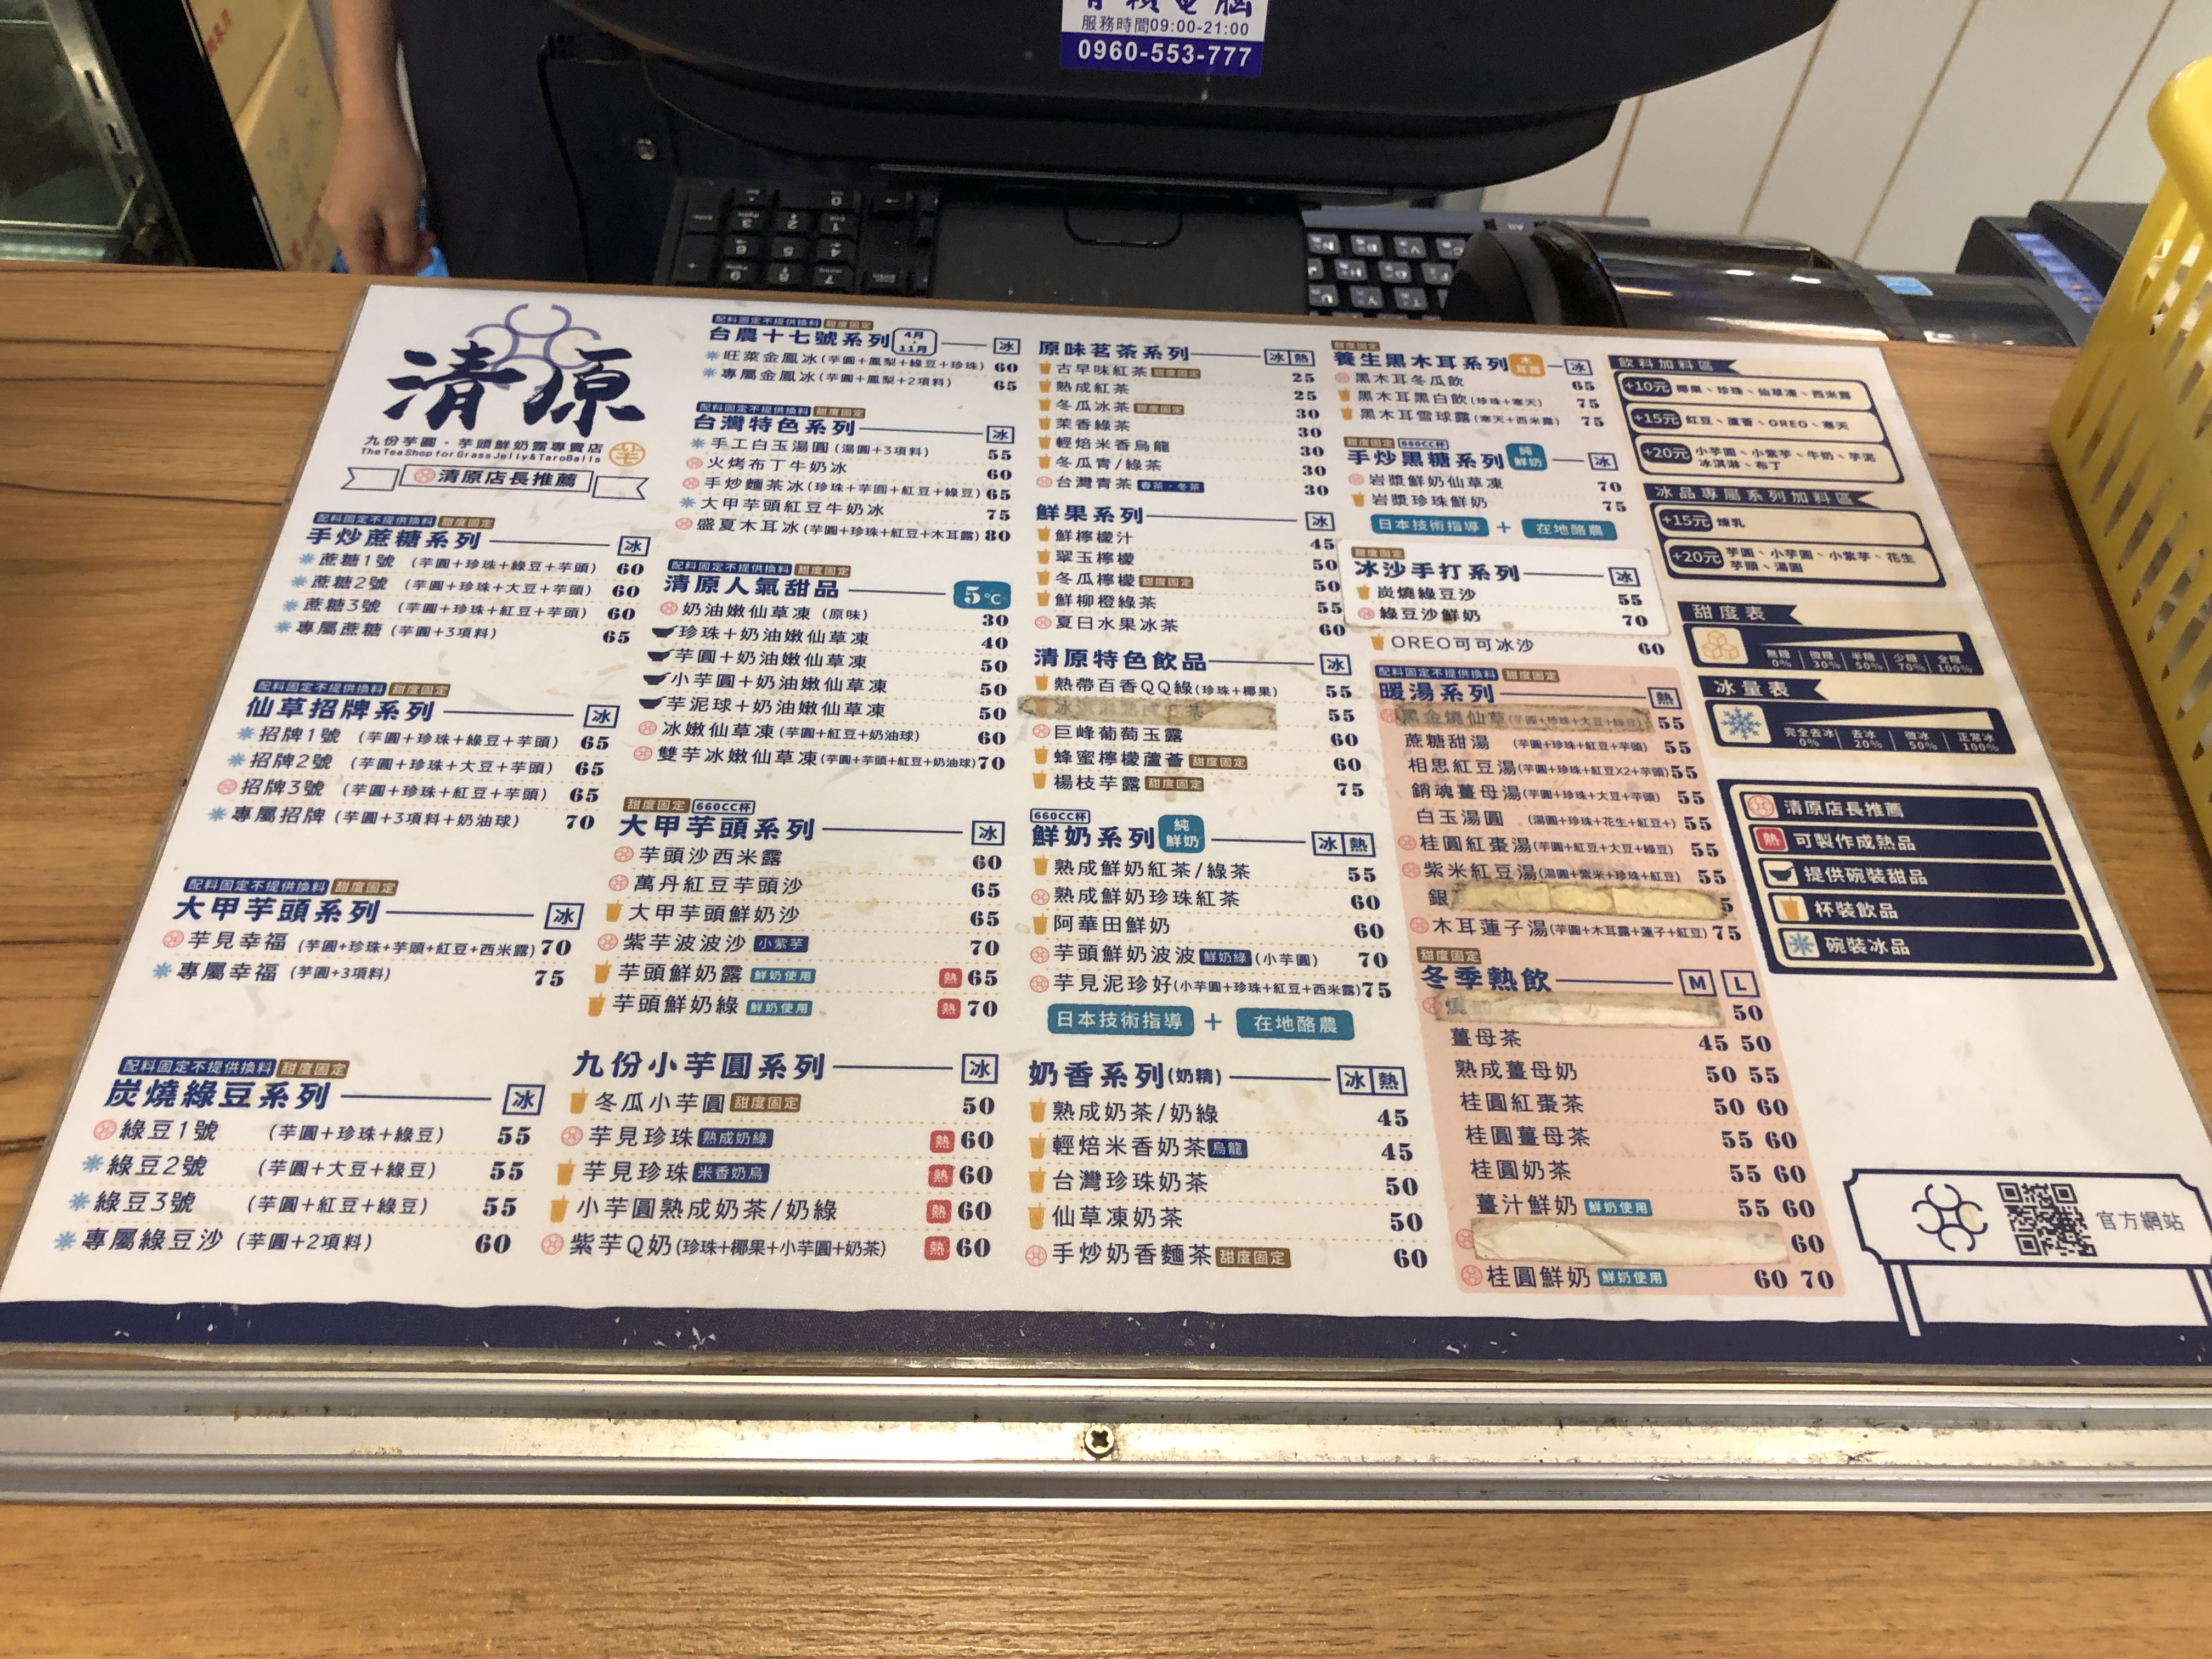
餐廳：清原 (The Tea Shop for Grass Jelly & Taro)
電話：0960-553-777
營業時間：09:00-21:00
菜單：
name: 蔗糖1號 (芋圓+珍珠+綠豆)
price: 55
name: 蔗糖2號 (芋圓+珍珠+大豆+綠豆)
price: 55
name: 蔗糖3號 (芋圓+紅豆+綠豆)
price: 55
name: 專屬蔗糖 (芋圓+3項料)
price: 60
name: 旺菜金鳳冰 (芋圓+鳳梨+綠豆+珍珠)
price: 60
name: 專屬金鳳冰 (芋圓+鳳梨+2項料)
price: 65
name: 手工白玉湯圓 (湯圓+3項料)
price: 55
name: 火烤布丁牛奶冰
price: 60
name: 手炒麵茶冰 (珍珠+芋圓+紅豆+綠豆)
price: 65
name: 小芋圓+奶油嫩仙草
price: 50
name: 芋圓+奶油嫩仙草
price: 50
name: 芋泥球+奶油嫩仙草
price: 50
name: 芋見幸福 (芋圓+珍珠+芋頭+紅豆+西米露)
price: 75
name: 專屬幸福 (芋圓+3項料)
price: 75
name: 奶油嫩仙草凍 (原味)
price: 30
name: 珍珠+奶油嫩仙草凍
price: 40
name: 芋圓+奶油嫩仙草凍
price: 50
name: 小芋圓+奶油嫩仙草凍
price: 50
name: 芋泥球+奶油嫩仙草凍
price: 50
name: 冰嫩仙草凍 (芋圓+紅豆+奶油球)
price: 60
name: 雙芋冰嫩仙草凍 (芋圓+芋頭+紅豆+奶油球)
price: 70
name: 芋頭沙西米露
price: 60
name: 萬丹紅豆芋頭沙
price: 65
name: 大甲芋頭鮮奶沙
price: 65
name: 芋頭鮮奶露
price: 70
name: 芋頭鮮奶綠
price: 70
name: 冬瓜小芋圓
price: 50
name: 芋見珍珠 (熟成奶綠)
price: 55
name: 綠豆2號 (芋圓+大豆+綠豆)
price: 55
name: 綠豆3號 (芋圓+紅豆+綠豆)
price: 55
name: 芋見珍珠 (米香奶烏)
price: 60
name: 專屬綠豆沙 (芋圓+2項料)
price: 60
name: 小芋圓熟成奶茶/奶綠
price: 60
name: 紫芋Q奶 (珍珠+椰果+小芋圓+奶茶)
price: 60
name: 鮮柳橙汁
price: 45
name: 葡萄柚汁
price: 45
name: 蔓越莓冰醋
price: 50
name: 百香QQ綠 (珍珠+椰果)
price: 55
name: 青檸葡萄玉露
price: 60
name: 檸檬蘆薈
price: 60
name: 芋見露
price: 75
name: 檸檬蜜茶
price: 45
name: 百香果茶
price: 45
name: 蔓越莓茶
price: 50
name: 青檸烏龍
price: 50
name: 冬瓜茶
price: 30
name: 冬瓜檸檬
price: 30
name: 冬瓜鮮奶
price: 50
name: 炭燒綠豆沙
price: 55
name: 綠豆沙鮮奶
price: 70
name: OREO可可冰沙
price: 60
name: 鮮奶紅茶
price: 55
name: 鮮奶綠茶
price: 55
name: 熟成鮮奶
price: 60
name: 芋頭鮮奶波波 (小芋圓)
price: 70
name: 芋泥恰好 (小芋圓+珍珠+紅豆+西米露)
price: 75
name: 古早味紅茶
price: 25
name: 熟成紅茶
price: 25
name: 熟成綠茶
price: 25
name: 麥香烏龍
price: 30
name: 米香奶烏
price: 30
name: 清香烏龍
price: 30
name: 青茶
price: 30
name: 黑木耳飲
price: 65
name: 黑木耳冬瓜飲
price: 75
name: 黑木耳白敬 (珍珠+寒天)
price: 75
name: 黑木耳雪耳露 (寒天+西米露)
price: 75
name: 焦糖甜湯 (芋圓+芋頭)
price: 55
name: 相思紅豆湯 (芋圓+芋頭x2顆)
price: 60
name: 銷魂薑母湯 (芋圓+芋頭+薑母)
price: 65
name: 白玉湯圓 (湯圓+珍珠+花生+綠豆)
price: 55
name: 桂圓紅棗湯 (芋圓+紅棗+桂圓)
price: 55
name: 紫米紅豆湯 (湯圓+紫米+珍珠+紅豆)
price: 55
name: 銀耳
price: 50
name: 木耳蓮子湯 (木耳露+蓮子)
price: 60
name: 奶香系列(奶綠)
price: 45
name: 熟成奶茶
price: 50
name: 伯爵奶茶
price: 50
name: 珍珠奶茶
price: 50
name: 仙草奶茶
price: 50
name: 奶香珍珠
price: 55
name: 仙草奶香
price: 55
name: 伯爵奶香
price: 55
name: 鮮奶茶
price: 50
name: 手炒奶香/綠豆
price: 60
name: 薑母茶 (M)
price: 50
name: 熟成薑母奶 (M)
price: 50
name: 桂圓奶茶 (M)
price: 50
name: 薑汁鮮奶 (M)
price: 55
name: 桂圓鮮奶 (M)
price: 60